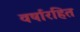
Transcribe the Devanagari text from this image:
वर्षारहित